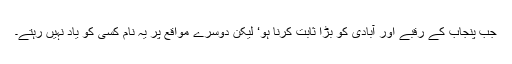
جب پنجاب کے رقبے اور آبادی کو بڑا ثابت کرنا ہو‘ لیکن دوسرے مواقع پر یہ نام کسی کو یاد نہیں رہتے۔